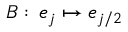
B : \, e _ { j } \mapsto e _ { j / 2 }